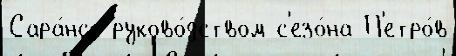
Сара́нск руково́дством с'езо́на П'етро́в